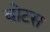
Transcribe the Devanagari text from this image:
बोटस